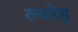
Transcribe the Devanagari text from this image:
ल्योड़